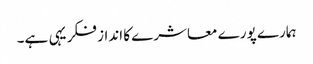
ہمارے پورے معاشرے کا انداز فکر یہی ہے۔